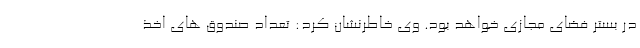
در بستر فضای مجازی خواهد بود. وی خاطرنشان کرد: تعداد صندوق های اخذ